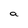
Character: a